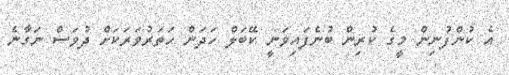
އެ ކުންފުނިން މީގެ ކުރިން ބުނެފައިވަނީ ކޭބަލް ހަދަން ހަތަރުވަރަކަށް ދުވަސް ނަގާނެ